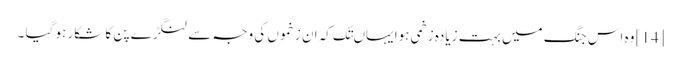
[14] وہ اس جنگ میں بہت زیادہ زخمی ہوا یہاںتک کہ ان زخموں کی وجہ سے لنگڑے پن کا شکار ہو گیا ۔